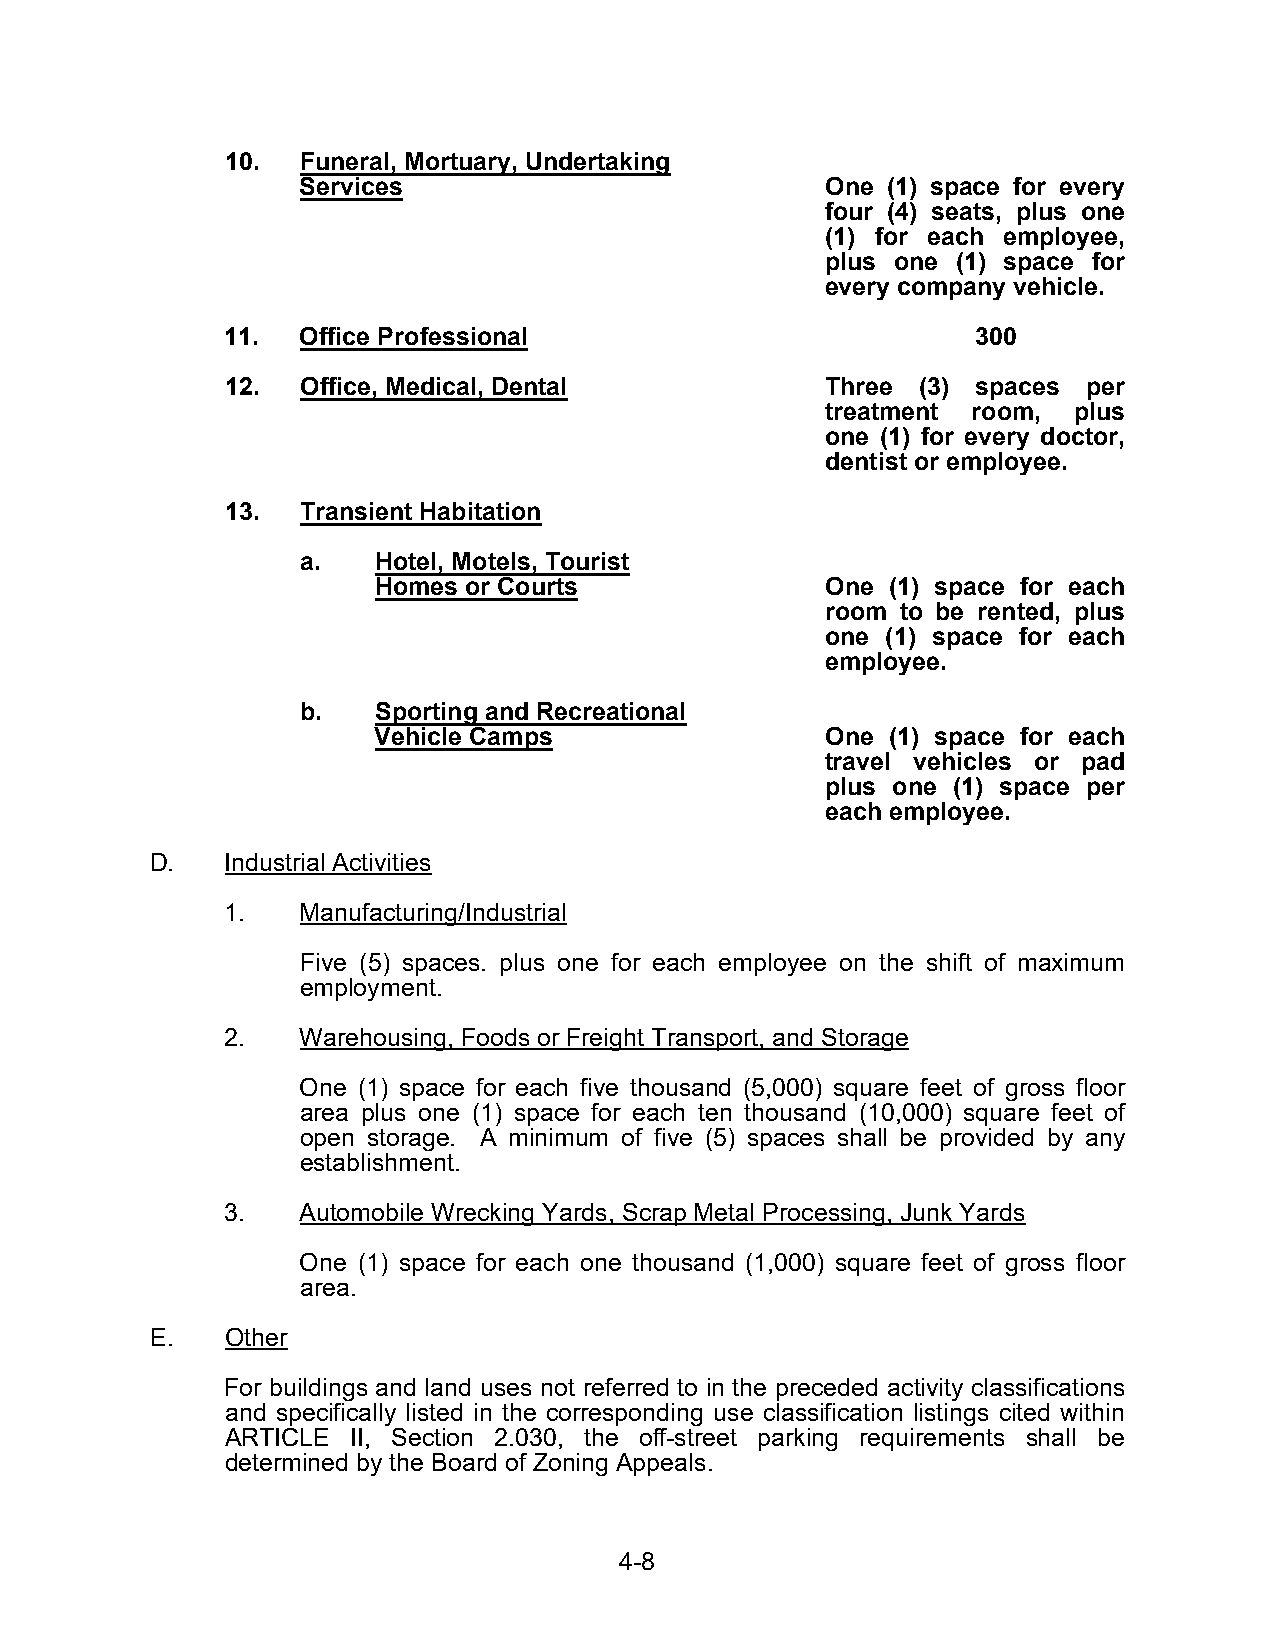
10.  Funeral, Mortuary, Undertaking
 Services                           One (1) space for every
 four (4) seats, plus one
 (1) for each employee,
 plus one (1) space for
 every company vehicle.
 11.  Office Professional                          300
 12.  Office, Medical, Dental            Three (3) spaces per
 treatment room, plus
 one (1) for every doctor,
 dentist or employee.
 13.  Transient Habitation
 a.   Hotel, Motels, Tourist
 Homes or Courts               One (1) space for each
 room to be rented, plus
 one (1) space for each
 employee.
 b.   Sporting and Recreational
 Vehicle Camps                 One (1) space for each
 travel vehicles or pad
 plus one (1) space per
 each employee.
 D.   Industrial Activities
 1.   Manufacturing/Industrial
 Five (5) spaces. plus one for each employee on the shift of maximum
 employment.
 2.   Warehousing, Foods or Freight Transport, and Storage
 One (1) space for each five thousand (5,000) square feet of gross floor
 area plus one (1) space for each ten thousand (10,000) square feet of
 open storage. A minimum of five (5) spaces shall be provided by any
 establishment.
 3.   Automobile Wrecking Yards, Scrap Metal Processing, Junk Yards
 One (1) space for each one thousand (1,000) square feet of gross floor
 area.
 E.   Other
 For buildings and land uses not referred to in the preceded activity classifications
 and specifically listed in the corresponding use classification listings cited within
 ARTICLE II, Section 2.030, the off-street parking requirements shall be
 determined by the Board of Zoning Appeals.
 4-8